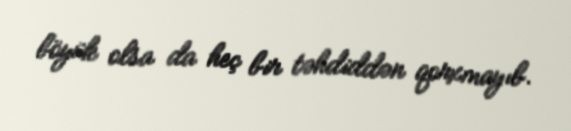
böyük olsa da heç bir təhdiddən qorxmayıb.